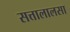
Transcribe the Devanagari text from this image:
सत्तालालसा